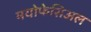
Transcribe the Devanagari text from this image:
मयोफेसिअल